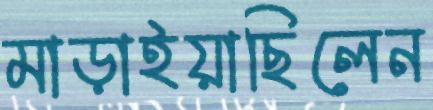
মাড়াইয়াছিলেন